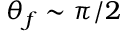
\theta _ { f } \sim \pi / 2